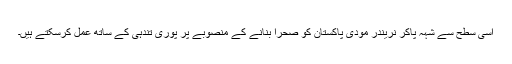
اسی سطح سے شہہ پاکر نریندر مودی پاکستان کو صحرا بنانے کے منصوبے پر پوری تندہی کے ساتھ عمل کرسکتے ہیں۔